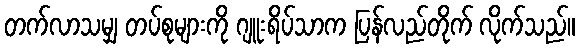
တက်လာသမျှ တပ်စုများကို ဂျူးရိပ်သာက ပြန်လည်တိုက် လိုက်သည်။